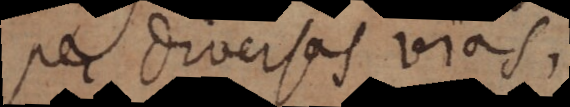
per diversas vias,